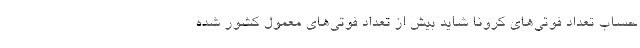
حساب تعداد فوتی‌های کرونا شاید بیش از تعداد فوتی‌های معمول کشور شده